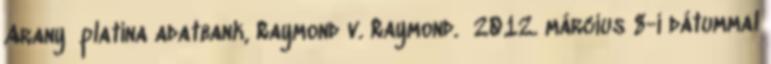
Arany platina adatbank, Raymond v. Raymond. 2012. március 8-i dátummal